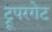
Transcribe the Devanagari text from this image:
ट्रूपरगेट